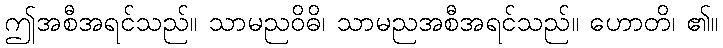
ဤအစီအရင်သည်။ သာမညဝိဓိ၊ သာမညအစီအရင်သည်။ ဟောတိ၊ ၏။